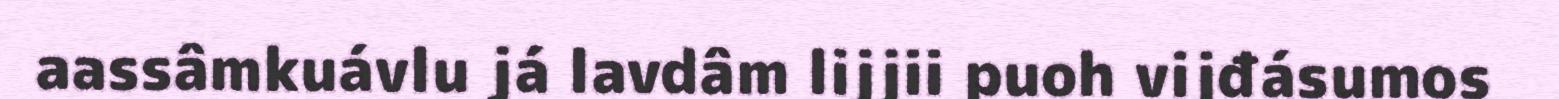
aassâmkuávlu já lavdâm lijjii puoh vijđásumos